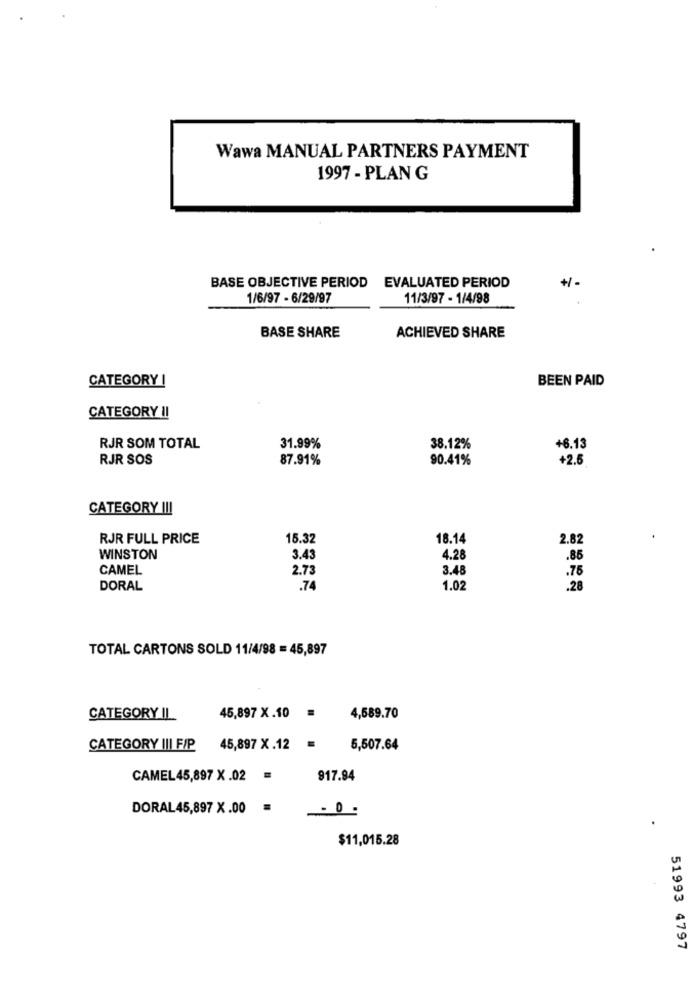
Wawa MANUAL PARTNERS PAYMENT
1997 - PLAN G
BASE OBJECTIVE PERIOD EVALUATED PERIOD
1/6/97 - 6/29/97
11/3/97 - 1/4/98
BASE SHARE
ACHIEVED SHARE
CATEGORY !
BEEN PAID
CATEGORY !!
RJR SOM TOTAL
31.99%
38.12%
+6.13
RJR SOS
87.91%
90.41%
+2.5
CATEGORY !!!
RJR FULL PRICE
15.32
18.14
2.82
WINSTON
3.43
4.28
.86
CAMEL
2.73
3.48
.76
DORAL
.74
1.02
.28
TOTAL CARTONS SOLD 11/4/98 = 45,897
CATEGORY IL
45,897 X.10 =
4,589.70
CATEGORY ||| F/P
45,897 X .12
5,507.64
CAMEL45,897 X.02 =
917.94
DORAL 45,897 X .00
$11,015.28
51993 4797